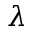
\lambda